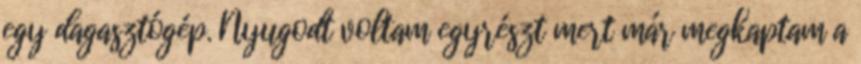
egy dagasztógép. Nyugodt voltam egyrészt mert már megkaptam a